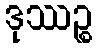
ဒုဿဉ္စ